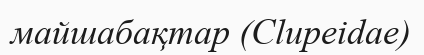
майшабақтар (Clupeіdae)